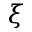
\xi